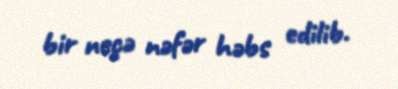
bir neçə nəfər həbs edilib.